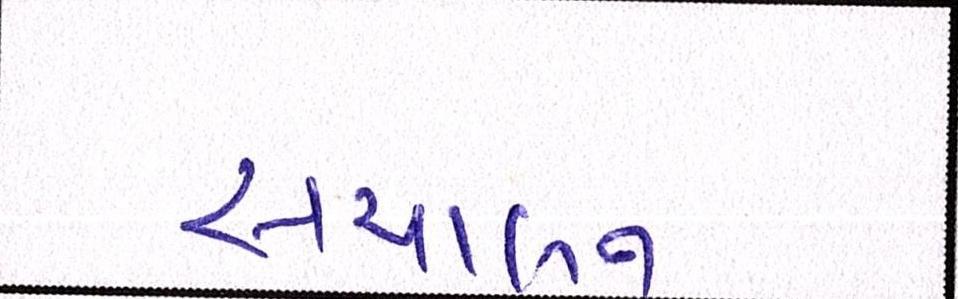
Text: સંચાલન